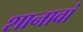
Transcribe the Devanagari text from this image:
शानावां